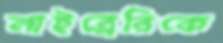
লাইব্রেরিকে